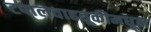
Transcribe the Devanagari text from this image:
टपालवाहतूकीमधून